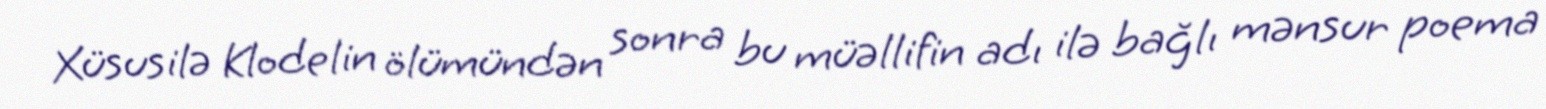
Xüsusilə Klodelin ölümündən sonra bu müəllifin adı ilə bağlı mənsur poema